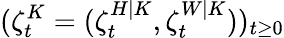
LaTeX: (\zeta_{t}^{K}=(\zeta_{t}^{H|K},\zeta_{t}^{W|K}))_{t\geq 0}